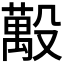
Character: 𪵒